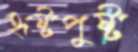
হৃষ্টপুষ্ট